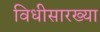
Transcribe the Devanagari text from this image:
विधीसारख्या